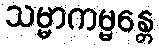
သမ္မာကမ္မန္တေ